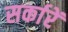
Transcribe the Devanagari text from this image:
सर्कारें